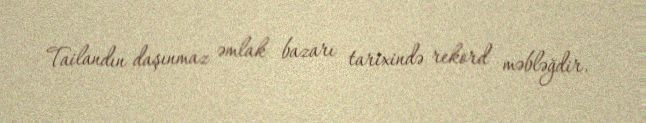
Tailandın daşınmaz əmlak bazarı tarixində rekord məbləğdir.